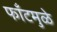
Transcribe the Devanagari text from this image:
फाँटमुळे